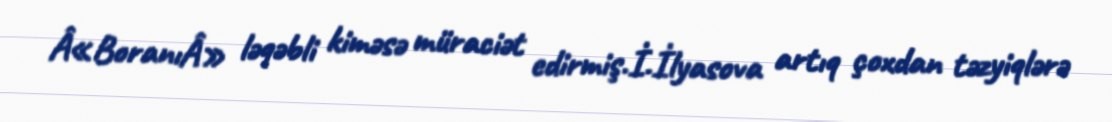
Â«BoranıÂ» ləqəbli kiməsə müraciət edirmiş.İ.İlyasova artıq çoxdan təzyiqlərə